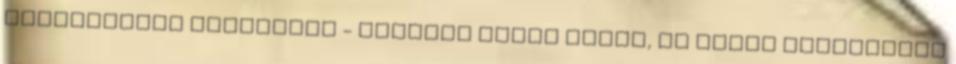
felkészülés érdekében - közölte Solti Gábor, az IPOSZ Nemzetközi